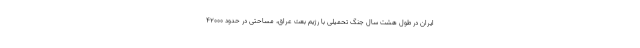
ایران در طول هشت سال جنگ تحمیلی با رژیم بعث عراق، مساحتی در حدود ۴۲۰۰۰